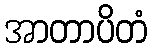
အာတာပိတံ